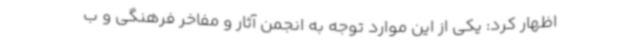
اظهار کرد: یکی از این موارد توجه به انجمن آثار و مفاخر فرهنگی و ب